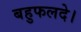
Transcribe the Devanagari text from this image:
बहुफलदे।